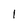
Character: I